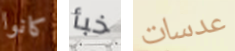
كانوا خبأ عدسات